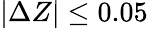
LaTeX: |\Delta Z|\leq 0.05